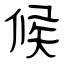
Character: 候